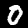
Digit: 0